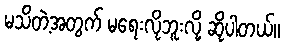
မသိတဲ့အတွက် မရေးလိုဘူးလို့ ဆိုပါတယ်။